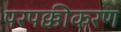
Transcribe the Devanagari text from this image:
परपक्कीकरण